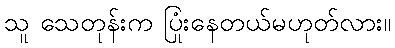
သူ သေတုန်းက ပြုံးနေတယ်မဟုတ်လား။